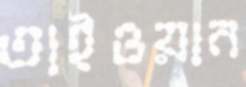
তাইওয়ান